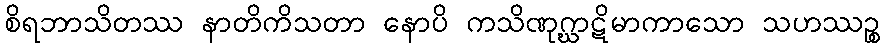
စိရဘာသိတဿ နာတိကိသတာ နောပိ ကသိဏုဂ္ဃာဋိမာကာသော သဟဿဉ္စ